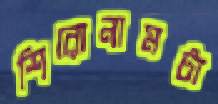
শিরোনামটা